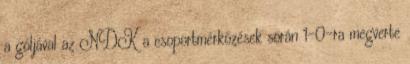
a góljával az NDK a csoportmérkőzések során 1-0-ra megverte